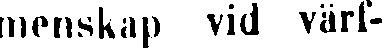
menskap vid värf-